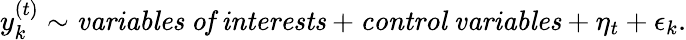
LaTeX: y_{k}^{(t)}\sim\mathit{variables\ of\ interests}+\mathit{control\ variables}+\eta_{t}+\epsilon_{k}.